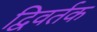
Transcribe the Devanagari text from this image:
द्विवर्तक